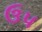
ઉપ